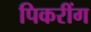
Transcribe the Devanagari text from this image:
पिकरींग